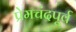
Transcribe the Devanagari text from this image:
प्रेमचंदपूर्व